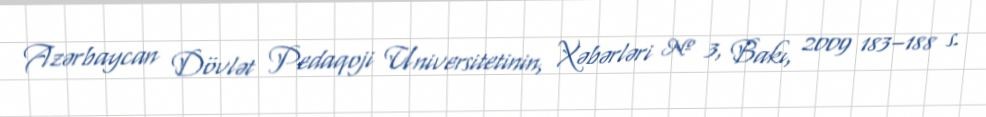
Azərbaycan Dövlət Pedaqoji Universitetinin, Xəbərləri № 3, Bakı, 2009 183–188 s.